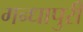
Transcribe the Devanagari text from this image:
गन्धापुरी